Taavet_Bergmanni_abiraha_sihtasutus, lk 6
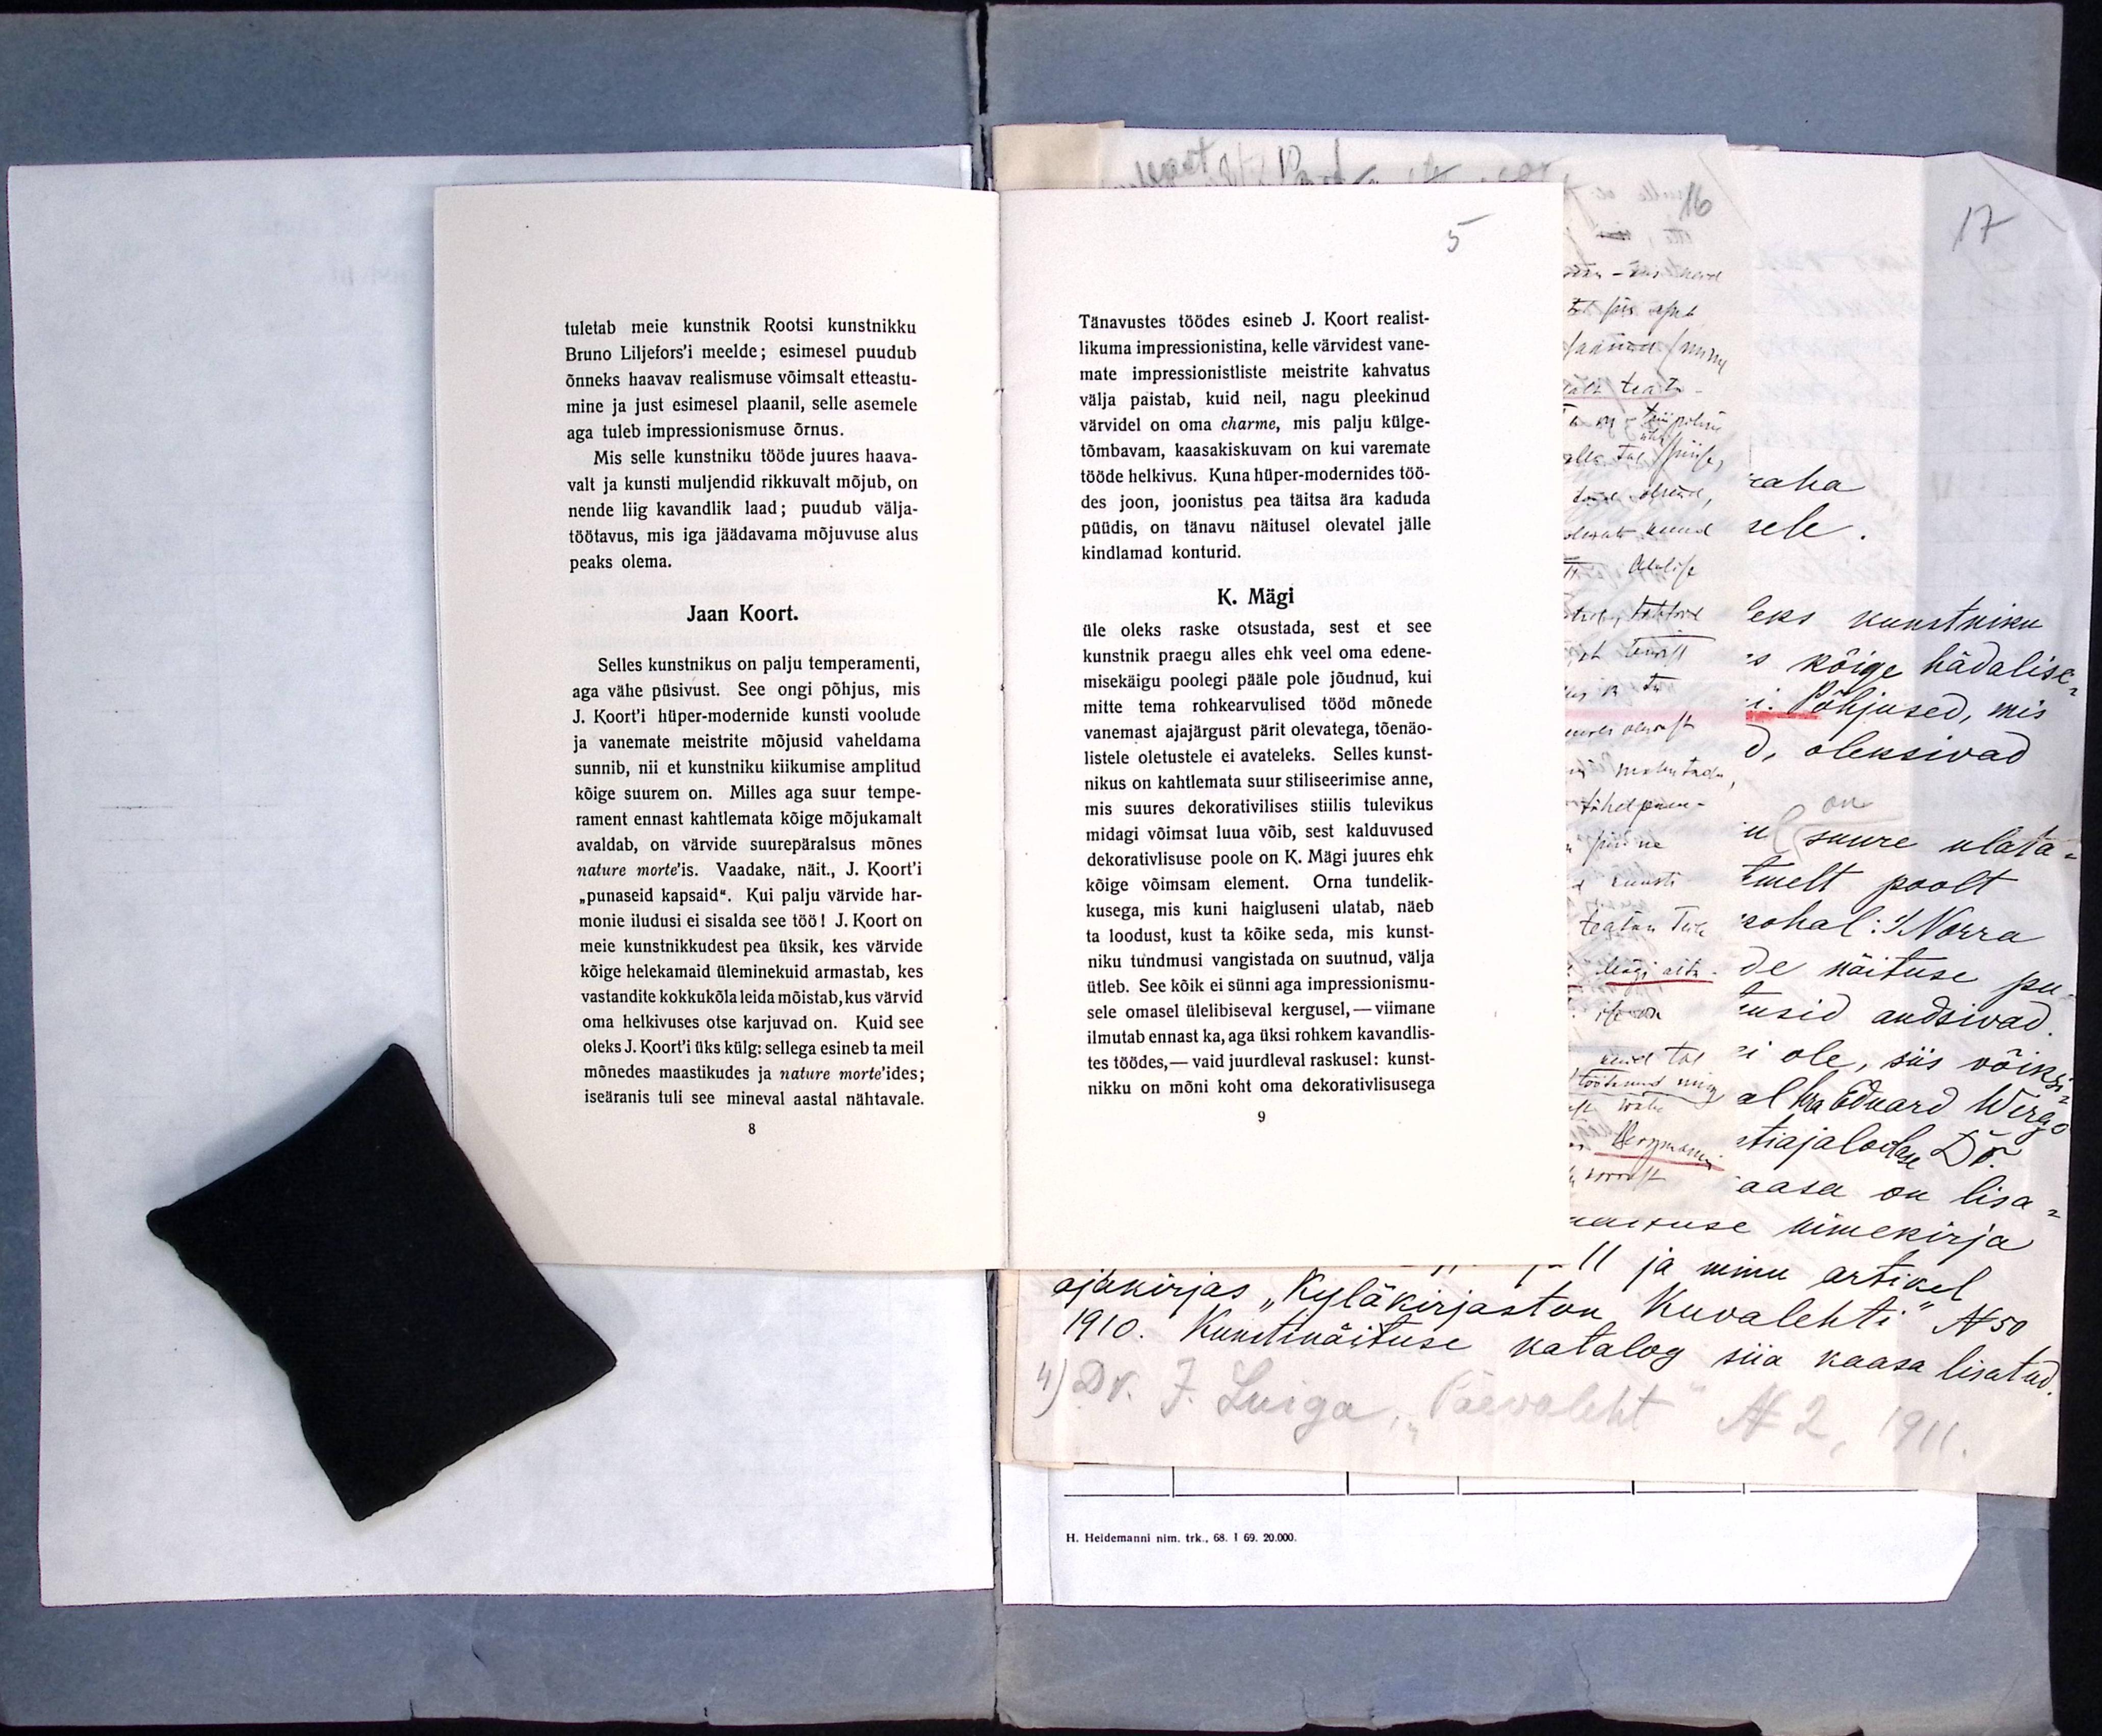
tuletab meie kunstnik Rootsi kunstnikku
Bruno Liljefors'i meelde; esimesel puudub
õnneks haavav realismuse võimsalt etteastu-
mine ja just esimesel plaanil, selle asemele
aga tuleb impressionismuse õrnus.
Mis selle kunstniku tööde juures haava-
valt ja kunsti muljendid rikkuvalt mõjub, on
nende liig kavandlik laad; puudub välja-
töötavus, mis iga jäädavama mõjuvuse alus
peaks olema.
Jaan Koort.
Selles kunstnikus on palju temperamenti,
aga vähe püsivust. See ongi põhjus, mis
J. Koort'i hüper-modernide kunsti voolude
ja vanemate meistrite mõjusid vaheldama
sunnib, nii et kunstniku kiikumise amplitud
kõige suurem on. Milles aga suur tempe-
rament ennast kahtlemata kõige mõjukamalt
avaldab, on värvide suurepäralsus mõnes
nature morte´is. Vaadake, näit, J. Koort'i
"punaseid kapsaid". Kui palju värvide har-
monie iludusi ei sisalda see tööl! J. Koort on
meie kunstnikkudest pea üksik, kes värvide
kõige helekamaid üleminekuid armastab, kes
vastandite kokkukõla leida mõistab, kus värvid
oma helkivuses otse karjuvad on. Kuid see
oleks J. Koort'i üks külg: sellega esineb ta meil
mõnedes maastikudes ja nature morte´ides;
iseäranis tuli see mineval aastal nähtavale.

5
Tänavustes töödes esineb J. Koort realist-
likuma impressionistina, kelle värvidest vane-
mate impressionistliste meistrite kahvatus
välja paistab, kuid neil, nagu pleekinud
värvidel on oma charme, mis palju külge-
tõmbavam, kaasakiskuvam on kui varemate
tööde helkivus. Kuna hüper-modernides töö-
des joon, joonistus pea täitsa ära kaduda
püüdis, on tänavu näitusel olevatel jälle
kindlamad konturid.
K. Mägi
üle oleks raske otsustada, sest et see
kunstnik praegu alles ehk veel oma edene-
misekäigu poolegi pääle pole jõudnud, kui
mitte tema rohkearvulised tööd mõnede
vanemast ajajärgust pärit olevatega, tõenäo-
listele oletustele ei avateleks. Selles kunst-
nikus on kahtlemata suur stiliseerimise anne,
mis suures dekorativilises stiilis tulevikus
midagi võimsat luua võib, sest kalduvused
dekorativlisuse poole on K. Mägi juures ehk
kõige võimsam element. Oma tundelik-
kusega, mis kuni haigluseni ulatab, näeb
ta loodust, kust ta kõike seda, mis kunst-
niku tundmusi vangistada on suutnud, välja
ütleb. See kõik ei sünni aga impressionismu-
sele omasel ülelibiseval kergusel, - viimane
ilmutab ennast ka, aga üksi rohkem kavandlis-
tes töödes, - vaid juurdleval raskusel: kunst-
nikku on mõni koht oma dekorativlisusega